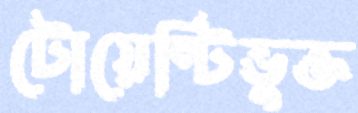
টোয়েন্টিভুক্ত